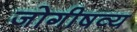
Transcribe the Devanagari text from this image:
जोगीषव्य